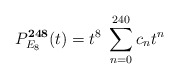
\begin{align*}P_{E_8}^{\bf 248}(t) = t^8 \; \sum_{n=0}^{240} c_n t^n\end{align*}